Annual report on the lock hospitals of the Madras Presidency
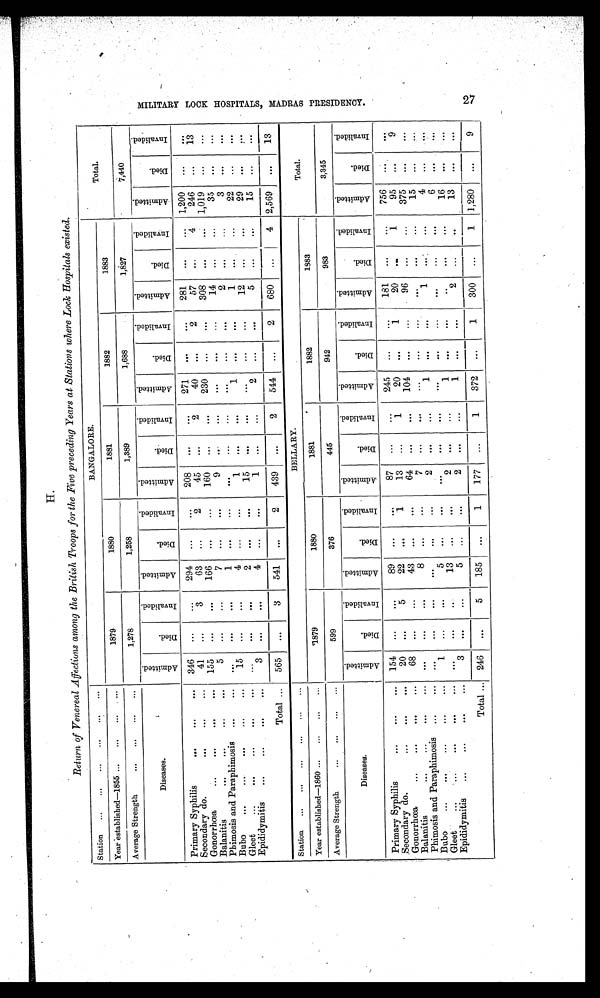
H.
Return of Venereal Affections among the British Troops for the Five preceding Years at Stations where Lock Hospitals existed.
Station ... ... ... ... ... ...
BANGALORE.
Total.
Year ' established—1855 ...
... ...
1879
1880
1881
1882
1883
Average Strength
... ... ...
1,278
1,258
1,389
1,688
1,827
7,440
Diseases.
A d m i t t e d .
D i e d .
I n v a l i d e d .
A d m i t t e d .
D i e d .
I n v a l i d e d .
A d m i t t e d .
D i e d .
I n v a l i d e d .
A d m i t t e d .
D i e d .
I n v a l i d e d .
A d m i t t e d .
D i e d .
I n v a l i d e d .
A d m i t t e d .
D i e d .
I n v a l i d e d .
Primary Syphilis
...
....
... 346 ...
...
294 ...
...
208
...
...
271
. . .
...
281
...
... 1,200 ...
. . .
Secondary do.
...
41
...
3
63 ...
2
45 ...
2
40
2
57
...
4
246 ...
13
Gonorrhœa
...
...
...
155
...
166 . . .
...
160 ...
. . .
230
...
. . .
308
...
... 1,019
. . .
...
Balanitis
...
...
...
...
5
. . .
...
7 ...
. . .
9 . . .
...
...
...
14 ...
...
35 ...
...
Phimosis and Paraphimosis ...
...
... ... ...
1
. . .
...
. . .
...
...
...
...
. . .
2
. . .
...
3
. . .
. . .
Bubo
...
...
...
15
...
...
4 ...
...
1
. . .
. . .
1
...
. . .
1
...
...
22 ...
. . .
Gleet
...
...
...
...
... ...
. . .
. . .
2
. . .
. . .
15
. . .
...
...
12 ...
. . .
29 ...
. .
Epididymitis
...
...
...
3
. . .
. . .
4 ...
...
1 . . .
...
2
. . .
...
5 ...
...
15
... ...
Total ... 565 ...
3
541
...
2
439
...
2
544 ...
2
680 ...
4 2,569
. . .
13
Station ... ... ... ... ... ...
BELLARY.
Total.
Year established—1860 ... ... . . . ...
1879
1880
1881
1882
1883
Average Strength
...
... ... ...
599
376
445
942
983
3,345
Diseases.
A d m i t t e d .
D i e d .
I n v a l i d e d .
A d m i t t e d .
D i e d .
I n v a l i d e d .
A d m i t t e d .
D i e d .
I n v a l i d e d .
A d m i t t e d .
D i e d .
I n v a l i d e d .
A d m i t t e d .
D i e d .
I n v a l i d e d . A d m i t t e d .
D i e d .
I n v a l i d e d .
Primary Syphilis
...
... 154 ...
. . .
89
. . .
. . .
87
. . .
. . .
245
. . .
...
181
. . .
...
756
...
. . .
Secondary do.
...
... 20 ...
5
22
. . .
1
13
...
1
20
. . .
1
20
. . .
1
95
...
9
Gonorrhœa
...
...
...
68
...
...
43
...
. . .
64 ...
...
104
. . .
...
96
... ...
375
. . .
...
Balanitis
...
...
. . .
... ...
8
...
...
7
...
. . .
...
...
. . .
. . .
. . .
...
15
...
. .
Phimosis and Paraphimosis ...
...
...
...
...
...
...
2
. . .
...
1 . . .
1 ...
...
4
...
. . .
Bubo
...
1 ...
. . .
5
. . .
. . .
...
. . .
...
. . .
...
. . .
... ...
6
...
. . .
Gleet
...
...
. . . ...
...
13
...
. . .
2
. . .
...
1
. . .
...
..
...
...
16
. . .
. . .
Epididymitis ...
...
...
3
. . .
...
5
. . .
. . .
2
. . .
...
1 ...
. . .
2
. . .
. .
13
... ...
Total ... 246 ...
5
185 ...
1
177 ...
1
372
. . .
1
300
. . .
1 1,280
...
9
M I L I T A R Y L O C K H O S P I T A L S , M A D R A S P R E S I D E N C Y .